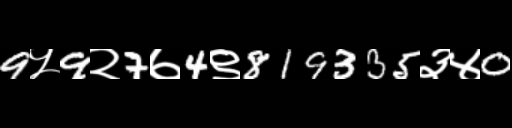
Text: 9५9२7७4९819335३४0